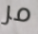
مر